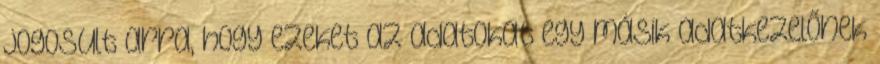
jogosult arra, hogy ezeket az adatokat egy másik adatkezelőnek